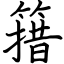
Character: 簎